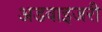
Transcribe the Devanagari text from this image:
अडवाइजरी